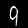
Label: 9